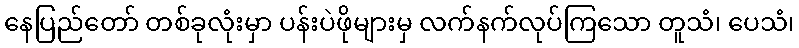
နေပြည်တော် တစ်ခုလုံးမှာ ပန်းပဲဖိုများမှ လက်နက်လုပ်ကြသော တူသံ၊ ပေသံ၊